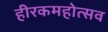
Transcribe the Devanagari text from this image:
हीरकमहोत्सव